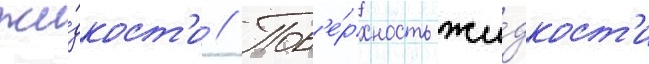
жи́дкост'и // Пов'е́рхность жи́дкост'и